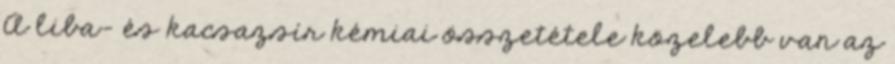
A liba- és kacsazsír kémiai összetétele közelebb van az